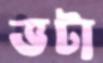
ভটা